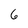
Character: 6